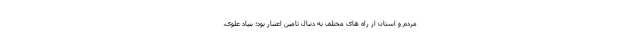
مردم و استان از راه های مختلف به دنبال تامین اعتبار بود؛ بنیاد علوی،